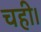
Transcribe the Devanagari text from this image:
चही।